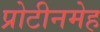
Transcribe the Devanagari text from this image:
प्रोटीनमेह